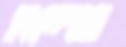
মন্দেও